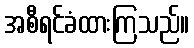
အစီရင်ခံထားကြသည်။